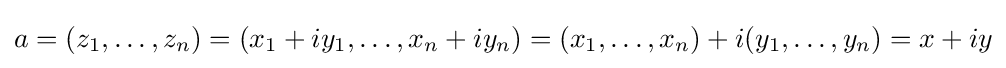
a=(z_{1},\dots ,z_{n})=(x_{1}+iy_{1},\dots ,x_{n}+iy_{n})=(x_{1},\dots ,x_{n})+i(y_{1},\dots ,y_{n})=x+iy